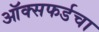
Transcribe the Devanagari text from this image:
ऑक्सफर्डचा